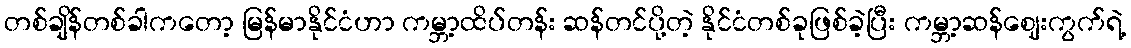
တစ်ချိန်တစ်ခါကတော့ မြန်မာနိုင်ငံဟာ ကမ္ဘာ့ထိပ်တန်း ဆန်တင်ပို့တဲ့ နိုင်ငံတစ်ခုဖြစ်ခဲ့ပြီး ကမ္ဘာ့ဆန်ဈေးကွက်ရဲ့